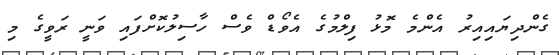
ގެންދިޔައިއިރު އެންމެ މޮޅު ފިލްމުގެ އެވޯޑް ވެސް ހާސިލުކޮށްފައި ވަނީ ރަވީގެ މި